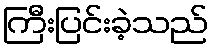
ကြီးပြင်းခဲ့သည်